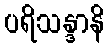
ပရိသန္ဒာနိ